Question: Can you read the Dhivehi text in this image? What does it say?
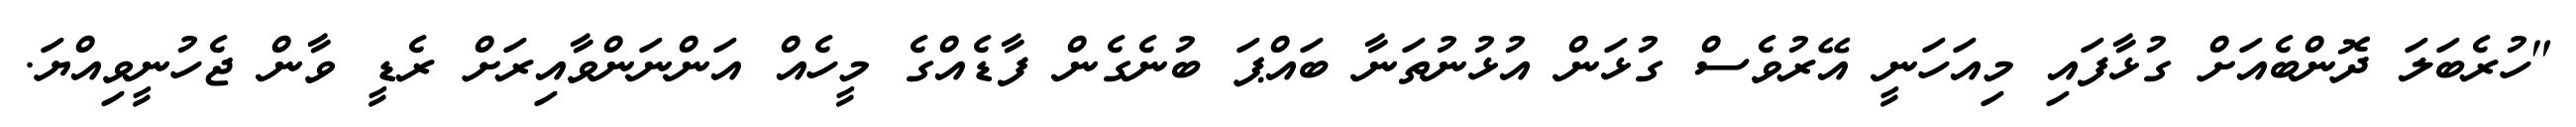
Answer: "ހުރެބަލަ ދޮންބެއަށް ގުޅާފައި މިއަހަނީ އޭރުވެސް ގުޅަން އުޅުނުތަނާ ބައްޕަ ބުނެގެން ފާޑެއްގެ މީހެއް އަންނަންވާއިރަށް ރެޑީ ވާން ޖެހުނީވިއްޔަ.